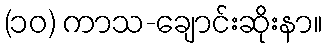
(၁၀) ကာသ-ချောင်းဆိုးနာ။